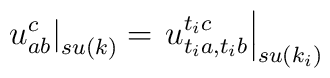
\left. u_{ab}^{c}\right| _{su(k)}=\left. u_{t_{i}a,t_{i}b}^{t_{i}c}\right|_{su(k_{i})}